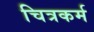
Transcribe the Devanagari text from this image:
चित्रकर्म